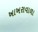
ખાખરાવાળા